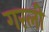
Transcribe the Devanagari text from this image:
गरली